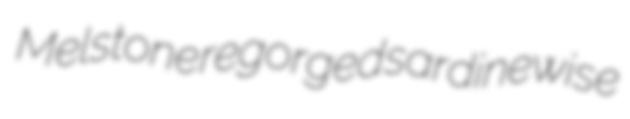
Melstone regorged sardinewise